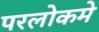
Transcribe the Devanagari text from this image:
परलोकमे